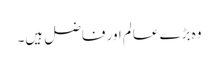
وہ بڑے عالم اور فاضل ہیں۔